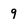
Character: 9